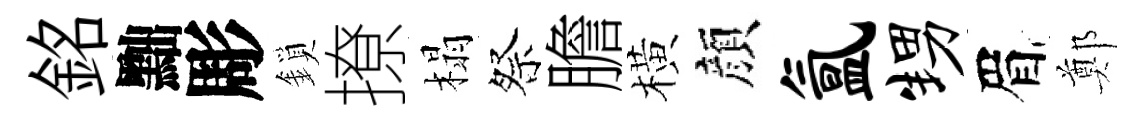
銘黜彫鎖撩榻祭膽橫顔氲甥眉鄭